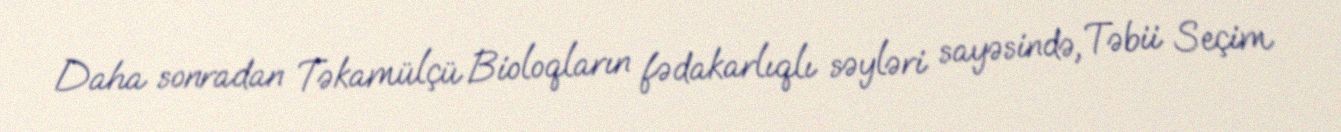
Daha sonradan Təkamülçü Bioloqların fədakarlıqlı səyləri sayəsində, Təbii Seçim